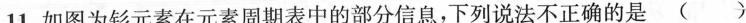
11.如图为钐元素在元素周期表中的部分信息，下列说法不正确的是()